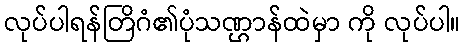
လုပ်ပါရန်တြိဂံ၏ပုံသဏ္ဌာန်ထဲမှာ ကို လုပ်ပါ။